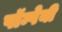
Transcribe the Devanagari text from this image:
पॉम्पेयी